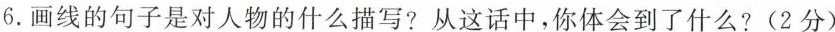
6.画线的句子是对人物的什么描写?从这话中，你体会到了什么?(2分)